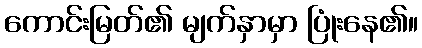
ကောင်းမြတ်၏ မျက်နှာမှာ ပြုံးနေ၏။